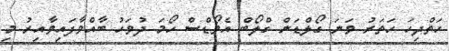
ހަތްދިހަ ހަތަރު ވަނަ ގޯލްޑަން ގްލޯބް އެވޯޑްސް ހޯމަ ދުވަހު ބާއްވާފައިވާއިރު މި